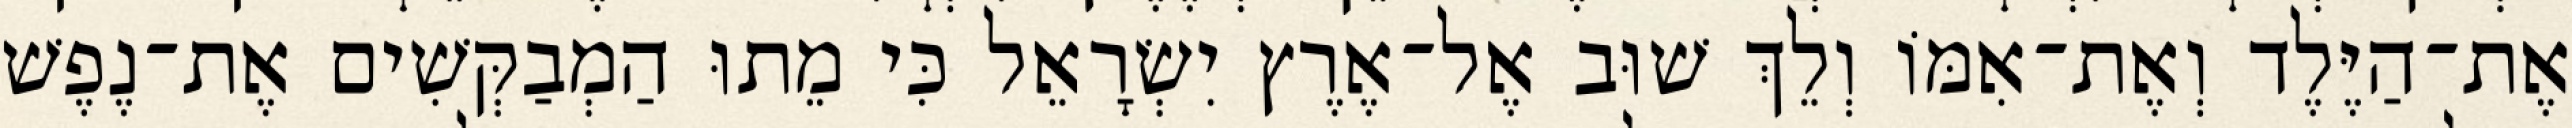
אֶת־הַיֶּלֶד וְאֶת־אִמּוֹ וְלֵךְ שׁוּב אֶל־אֶרֶץ יִשְׂרָאֵל כִּי מֵתוּ הַמְבַקְּשִׁים אֶת־נֶפֶשׁ